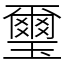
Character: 璽